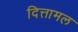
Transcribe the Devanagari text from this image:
दित्तामल